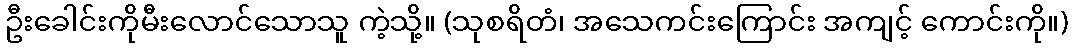
ဦးခေါင်းကိုမီးလောင်သောသူ ကဲ့သို့။ (သုစရိတံ၊ အသေကင်းကြောင်း အကျင့် ကောင်းကို။)